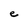
Character: e